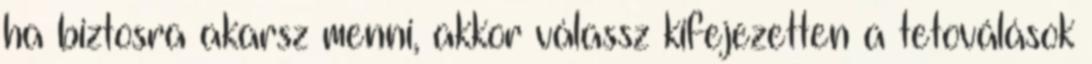
ha biztosra akarsz menni, akkor válassz kifejezetten a tetoválások